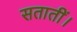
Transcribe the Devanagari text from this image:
सतातीं।